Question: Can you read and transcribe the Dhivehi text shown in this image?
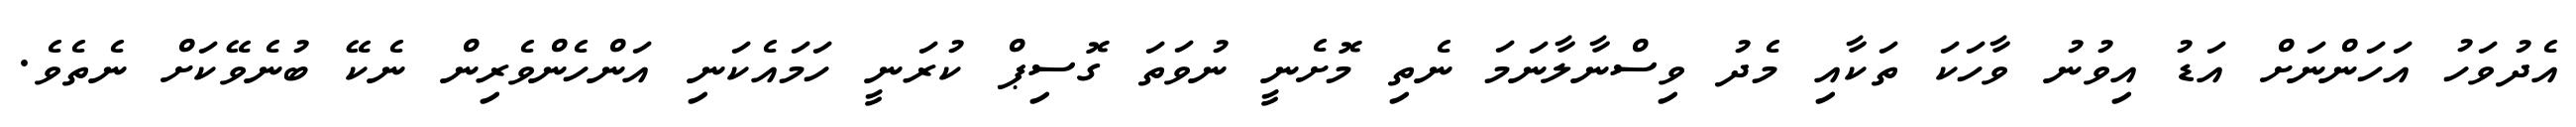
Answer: އެދުވަހު އަހަންނަށް އަޑު އިވުނު ވާހަކަ ތަކާއި މެދު ވިސްނާލާނަމަ ނެތި މޮށެނީ ނުވަތަ ގޮސިޕް ކުރަނީ ހަމައެކަނި އަންހެންވެރިން ނެކޭ ބުނެވޭކަށް ނެތެވެ.